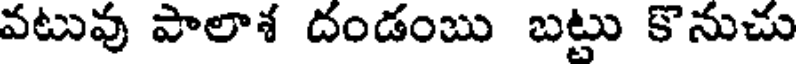
వటువు పాలాశ దండంబు బట్టు కొనుచు